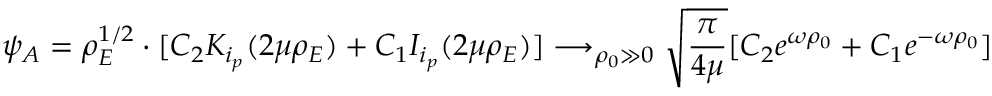
\psi _ { A } = \rho _ { E } ^ { 1 / 2 } \cdot [ C _ { 2 } K _ { i _ { p } } ( 2 \mu \rho _ { E } ) + C _ { 1 } I _ { i _ { p } } ( 2 \mu \rho _ { E } ) ] \longrightarrow _ { \rho _ { 0 } \gg 0 } \sqrt { \frac { \pi } { 4 \mu } } [ C _ { 2 } e ^ { \omega \rho _ { 0 } } + C _ { 1 } e ^ { - \omega \rho _ { 0 } } ]